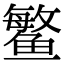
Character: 鳘